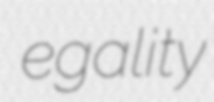
egality